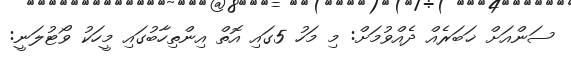
ސަންއަށް ޚަބަރެއް ދެއްވުމަށް: މި މަހު 5ގައި އޮތް އިންތިހާބުގައި މީހަކު ވޯޓުލަނީ: